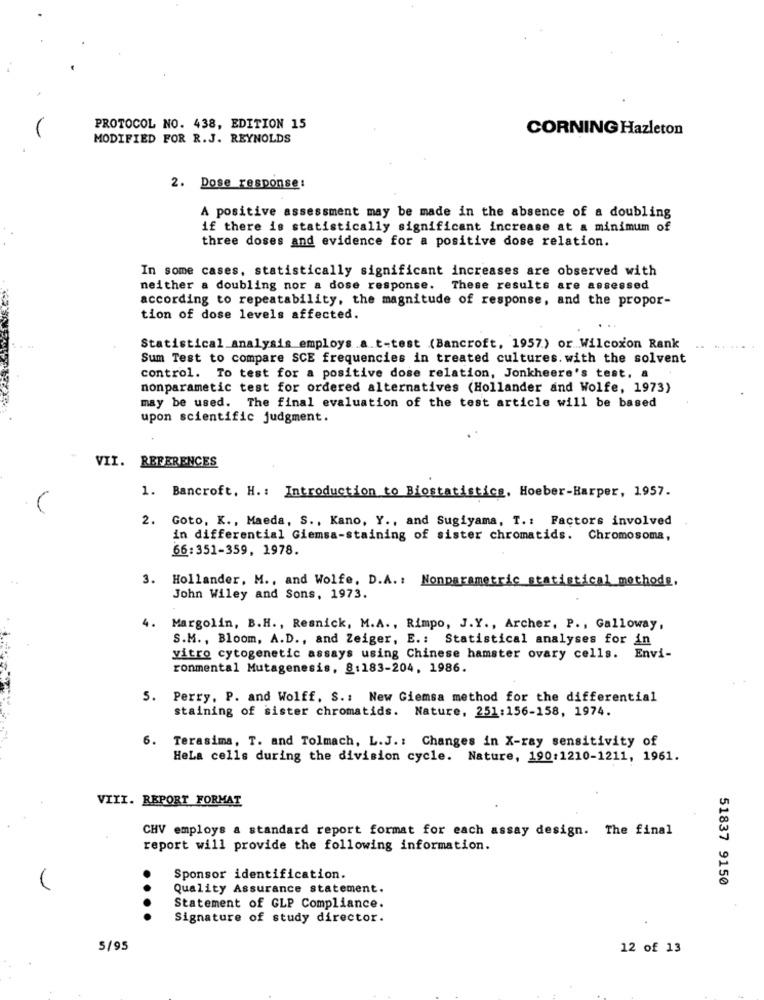
PROTOCOL NO. 438, EDITION 15
CORNING Hazleton
MODIFIED FOR R.J. REYNOLDS
2. Dose response:
A positive assessment may be made in the absence of a doubling
if there is statistically significant increase at a minimum of
three doses and evidence for a positive dose relation.
In some cases, statistically significant increases are observed with
neither a doubling nor a dose response. These results are assessed
according to repeatability, the magnitude of response, and the propor-
tion of dose levels affected.
Statistical analysis employs.a.t-test (Bancroft, 1957) or Wilcoxon Rank
Sum Test to compare SCE frequencies in treated cultures. with the solvent
control. To test for a positive dose relation, Jonkheere's test, a
nonparametic test for ordered alternatives (Hollander and Wolfe, 1973)
may be used. The final evaluation of the test article will be based
upon scientific judgment.
VII. REFERENCES
1. Bancroft, H .: Introduction to Biostatistics, Hoeber-Harper, 1957.
2.
Goto, K ., Maeda, S ., Kano, Y ., and Sugiyama, T .: Factors involved
in differential Giemsa-staining of sister chromatids. Chromosoma,
66:351-359, 1978.
3. Hollander, M ., and Wolfe, D.A .: Nonparametric statistical methods.
John Wiley and Sons, 1973.
4.
Margolin, B.H ., Resnick, M.A ., Rimpo, J.Y ., Archer, P ., Galloway,
S.M ., Bloom, A.D ., and Zeiger, E .: Statistical analyses for in
vitro cytogenetic assays using Chinese hamster ovary cells. Envi-
ronmental Mutagenesis, 8:183-204, 1986.
5. Perry, P. and Wolff, S .: New Giemsa method for the differential
staining of sister chromatids. Nature, 251:156-158, 1974.
6. Terasima, T. and Tolmach, L.J .: Changes in X-ray sensitivity of
HeLa cells during the division cycle. Nature, 190:1210-1211, 1961.
VIII. REPORT FORMAT
CHV employs a standard report format for each assay design. The final
report will provide the following information.
Sponsor identification.
51837 9150
Quality Assurance statement.
Statement of GLP Compliance.
....
Signature of study director.
5/95
12 of 13